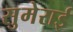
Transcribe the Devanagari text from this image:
सुमेराई